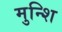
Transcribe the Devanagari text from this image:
मुन्शि